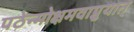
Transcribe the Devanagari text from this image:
पठेन्मोक्षमवाप्नुयात्